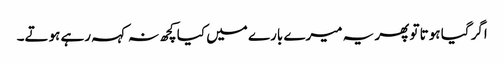
اگر گیا ہوتا تو پھر یہ میرے بارے میں کیا کچھ نہ کہہ رہے ہوتے۔